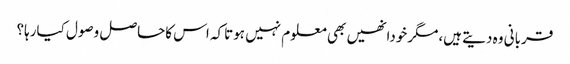
قربانی وہ دیتے ہیں،مگرخودانھیں بھی معلوم نہیں ہوتاکہ اس کاحاصل وصول کیارہا؟